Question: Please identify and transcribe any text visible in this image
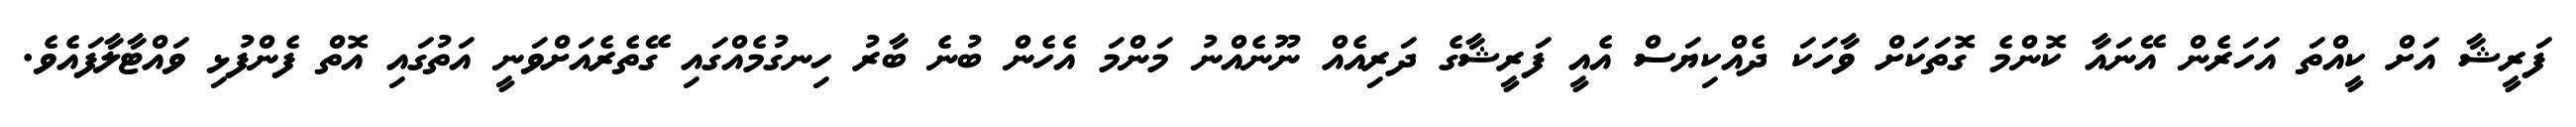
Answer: ފަރީޝާ އަށް ކީއްތަ އަހަރެން އޭނައާ ކޮންމެ ގޮތަކަށް ވާހަކަ ދެއްކިޔަސް އެއީ ފަރީޝާގެ ދަރިއެއް ނޫނެއްނު މަންމަ އެހެން ބުނެ ބާރު ހިނގުމެއްގައި ގޭތެރެއަށްވަނީ އަތުގައި އޮތް ފެންފުޅި ވައްޓާލާފައެވެ.